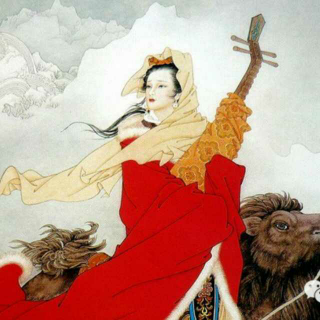
画图省识春风面，环珮空归夜月魂。